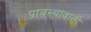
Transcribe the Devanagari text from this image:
प्रावस्थावाली